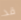
قد